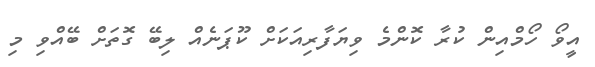
އީވޯ ހޯމްއިން ކުރާ ކޮންމެ ވިޔަފާރިއަކަށް ކޫޕަނެއް ލިބޭ ގޮތަށް ބޭއްވި މި